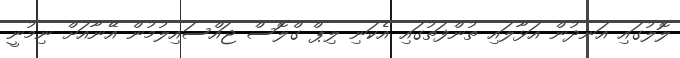
ލޮލުގައި އަނދުން އަޅާލައި ތުންފަތުގައި އެކަނި ލިޕް ގްލޮސް ޖައްސައިލުމުން އޭނާއަށް ނިމުނީ